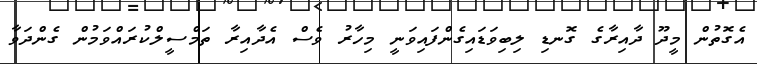
އެގޮތުން މީދޫ ދާއިރާގެ ގޮނޑި ލިބިވަޑައިގެންފައިވަނީ މިހާރު ވެސް އެދާއިރާ ތަމްސީލްކުރައްވަމުން ގެންދަވާ